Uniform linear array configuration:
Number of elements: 12
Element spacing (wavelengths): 1
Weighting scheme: binomial
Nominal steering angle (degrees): -45
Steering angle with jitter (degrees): -43.292
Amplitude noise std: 0.05
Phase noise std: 0.05

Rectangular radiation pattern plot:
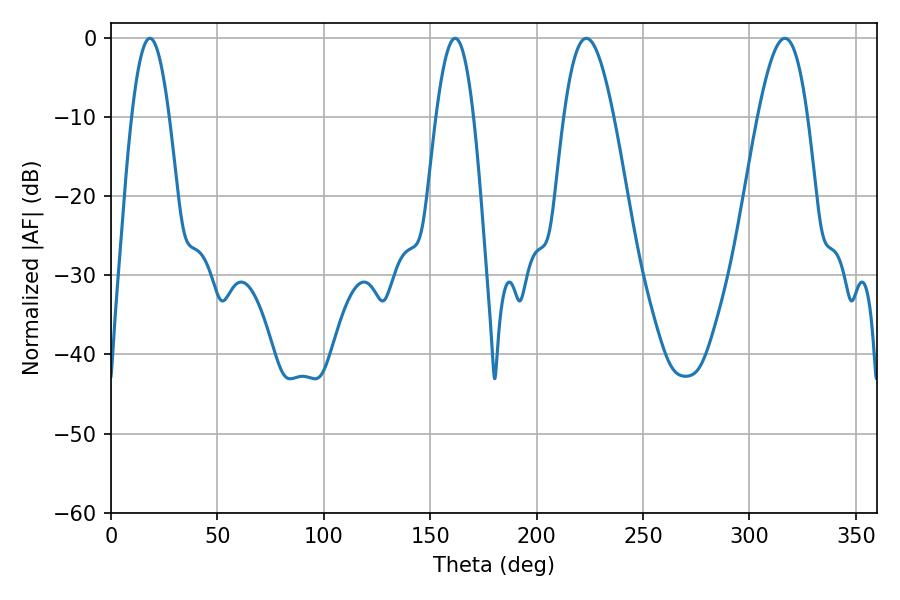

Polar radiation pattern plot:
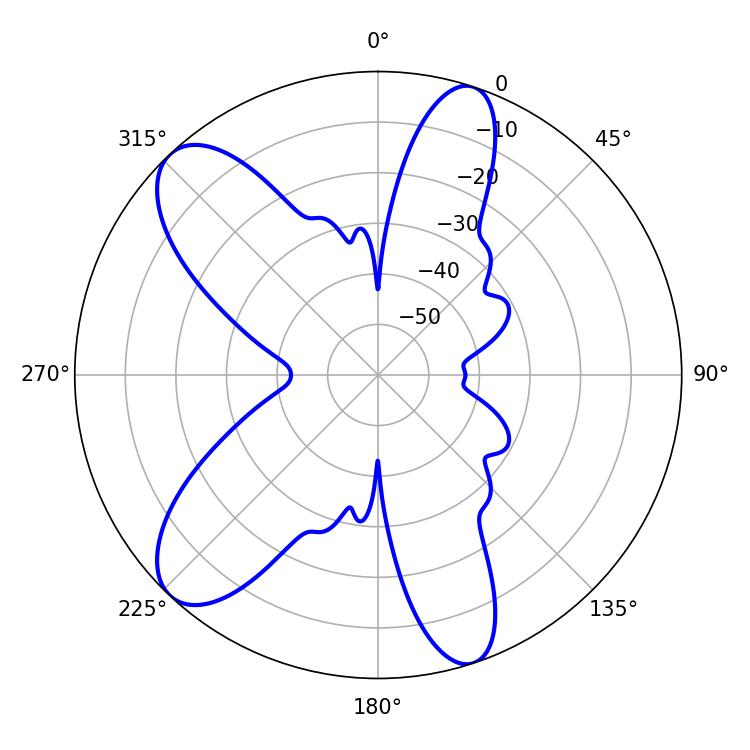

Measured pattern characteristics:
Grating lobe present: TRUE
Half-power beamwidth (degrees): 12.6
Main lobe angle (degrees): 223.38